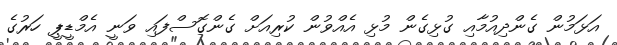
އަޅަމުން ގެންދިއުމާއި ގުޅިގެން މުޅި އެއްވުން ކުރިއަށް ގެންގޮސްފައި ވަނީ އެމްޑީޕީ ހަރުގެ